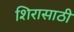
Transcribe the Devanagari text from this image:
शिरासाठी